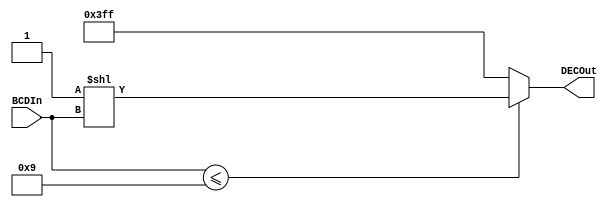
`timescale 1ns / 1ps


module BCDtoDecimal(DECOut, BCDIn);

output [9:0] DECOut;
input [3:0] BCDIn;

assign DECOut = (BCDIn <= 9) ? 10'b0000000001 << BCDIn : 10'b1111111111; 

endmodule